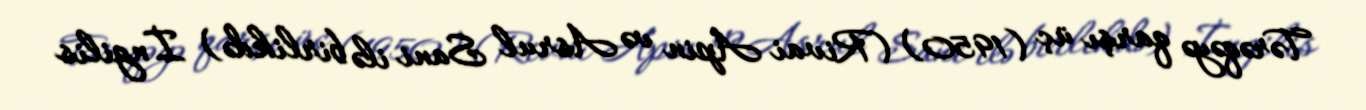
Tərəqəyə qarşı üç (1950) (Rivai Apin və Asrul Sani ilə birlikdə) İngilis